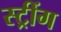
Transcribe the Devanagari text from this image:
स्ट्रींग